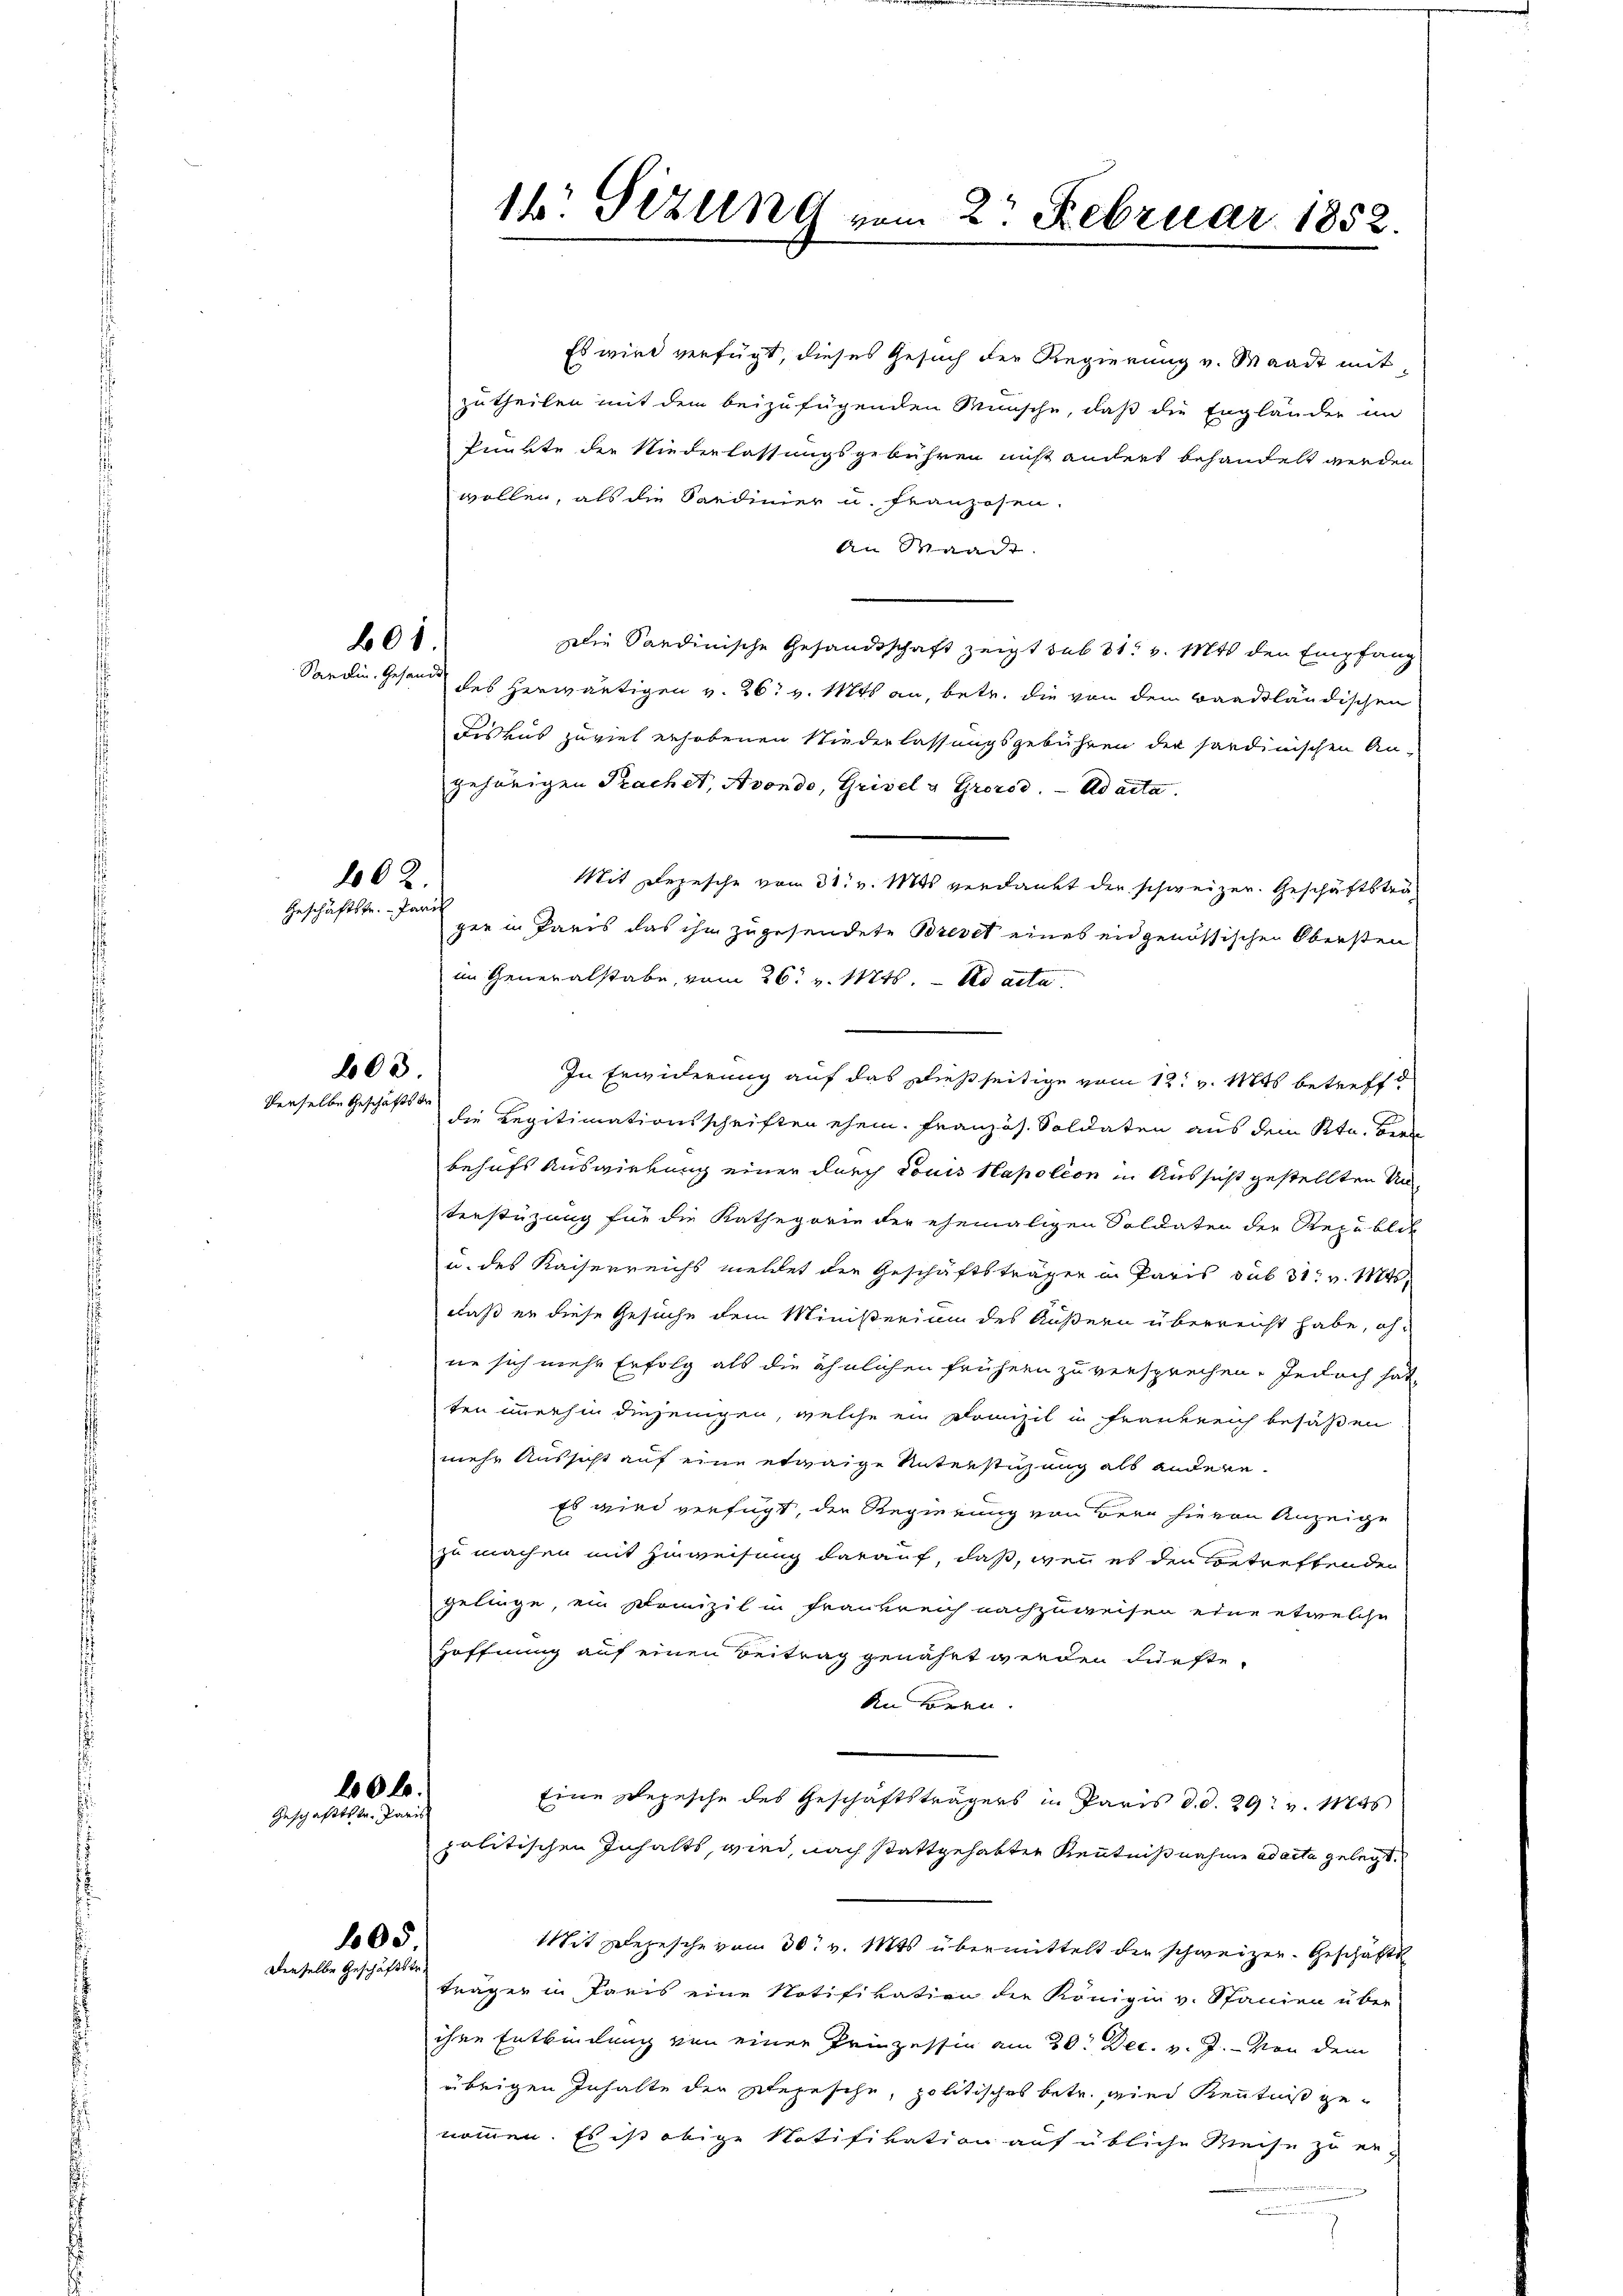
801.

1002.
Geschäftsfr. - Pari

603.
derselbe Geschäftstr

200 l.
Geschäftstr. Paris
105
Derselbe Geschäftstr.

Es wird verfügt, dieses Gesuch der Regierung v. Waadt mit
zutheilen mit dem beizufügenden Wünsche, daß die Engländer im
Punkte der Niederlassungsgebühren nicht anders behandelt werden
wollen, als die Sardinier u. franzosen.
An Waadt.
Die Sardinische Gesandtschaft zeigt sub 31. v. Mts. den Empfang
Sardin. Gesandt des herwärtigen v. 26. v. Mts. an, betr. die von dem Baadländischen
Fiskus zuviel erhobenen Niederlassungsgebühren der sardinischen An-
gehörigen Sachet, Avondo, Grisel u Grorod. ad acta
Mit Depesche vom 31. v. Mts. verdankt der schweizer. Geschäftsträgen in Paris das ihn zugesendete Brevet eines eidgenössischen Obersten
im Generalstabe, vom 26. v. 11845. - Ad acta
In Erwiderung auf das dießseitige vom 12t v. Mts. betreffdie Legitimationsschriften ehem. Französ. Soldaten aus dem Ktn. Bern
behufs Auswirkung einer durch Louis Napoleon in Aussicht gestellten Unterstüzung für die Kathegorie der ehemaligen Soldaten der Republik
u. des Kaiserreichs meldet der Geschäftsträgen in Paris sub 31. v. Mts.
daß er diese Gesuche dem Ministerium des Äußern überreicht habe, ohne sich mehr Erfolg als die ähnlichen frühern zu versprechen. Jedoch hat
ten immerhin diejenigen, welche ein Franzil in Frankreich besaßen
mehr Aussicht auf eine etwaige Unterstüzung als andere
Es wird verfügt, der Regierung von Bern sie von Anzeige
zu machen mit Hinweisung darauf, daß, wenn es den Betreffenden
gelinge, ein Prinzil in Frankreich nachzuweisen eine etwelche
Hoffnung auf einen Beitrag genährt werden Fürste.
An hören.
Eine Depesche des Geschäftsträgers in Paris d. d. 29. v. Mts
politischen Inhalts, wird, nach stattgehabten Kenntnißnahme ad acta gelegt.
Mit Depesche vom 30. v. Mts. übermittelt den schweizer. Geschäfts
trägen in Paris eine Notifikation der Königin v. Stanien über-
ihre Entbindung von einer Prinzessin am 20. Dec. v. J. von dem
übrigen Inhalte der Depesche, politisches betr. wied Kenntniß genommen. Es ist obige Notifikation auf übliche Weise zu er-

14. Sizung vom 2. Februar 1852.